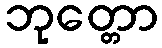
ဘုတ္တော